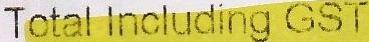
TOTAL INCLUDING GST